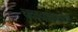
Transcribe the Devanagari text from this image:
चळवळकर्ता